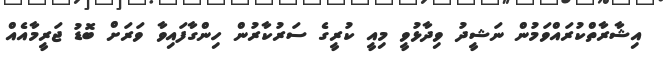
އިޝާރާތްކުރައްވަމުން ނަޝީދު ވިދާޅުވީ މިއީ ކުރީގެ ސަރުކާރުން ހިންގާފައިވާ ވަރަށް ބޮޑު ޖަރީމާއެއް